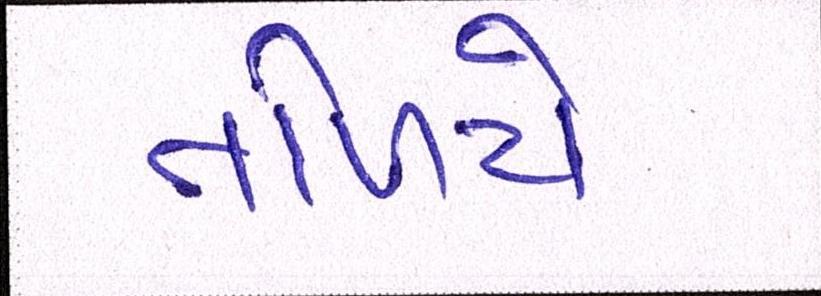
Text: તળિયે